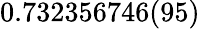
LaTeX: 0.732356746(95)